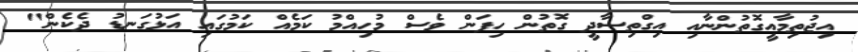
އިޖުތިމާއީގޮތުންނާއި އިގްތިސާދީ ގޮތުން ހިފަން ވެސް މުހިއްމު ކަމެއް ކަމުގައި އަޅުގަނޑު ދެކެން"